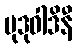
မုဒုဝါဒိနီ